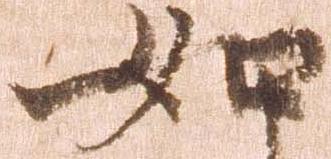
如